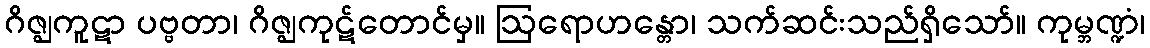
ဂိဇ္ဈကူဋာ ပဗ္ဗတာ၊ ဂိဇ္ဈကုဋ်တောင်မှ။ ဩရောဟန္တော၊ သက်ဆင်းသည်ရှိသော်။ ကုမ္ဘဏ္ဍံ၊